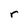
Character: r